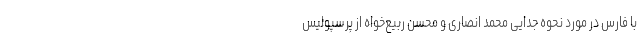
با فارس در مورد نحوه جدایی محمد انصاری و محسن ربیع‌خواه از پرسپولیس